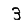
Digit: 3